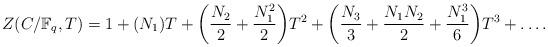
LaTeX: \begin{align*}Z(C/\mathbb{F}_q,T)=1 + (N_1)T + \bigg(\frac{N_2}{2}+\frac{N_1^2}{2}\bigg)T^2 + \bigg(\frac{N_3}{3}+\frac{N_1N_2}{2}+\frac{N_1^3}{6}\bigg)T ^3 + \ldots.\end{align*}